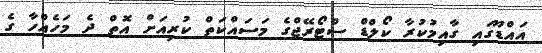
އައްޑޫގައި ގާއިމުކުރާ ކޯލްޑް ސްޓޯރޭޖްގެ މަސައްކަތް ކުރިއަށް އޮތް ދެ މަހެއްހާ ގެ